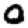
Digit: 0